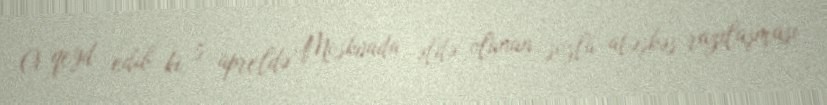
O qeyd edib ki, 5 apreldə Moskvada əldə olunan sözlü atəşkəs razılaşması